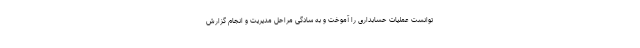
توانست عملیات حسابداری را آموخت و به سادگی مراحل مدیریت و انجام گزارش